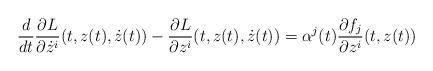
LaTeX: \begin{align*}\frac{d}{dt}\frac{\partial L}{\partial \dot z^i}(t,z(t),\dot z(t))-\frac{\partial L}{\partial z^i}(t,z(t),\dot z(t))=\alpha^j(t)\frac{\partial f_j}{\partial z^i}(t,z(t))\end{align*}